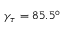
\gamma _ { \tau } = 8 5 . 5 ^ { \circ }